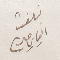
تبلغت الياس جبر